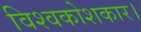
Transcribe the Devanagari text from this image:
विश्वकोशकार।